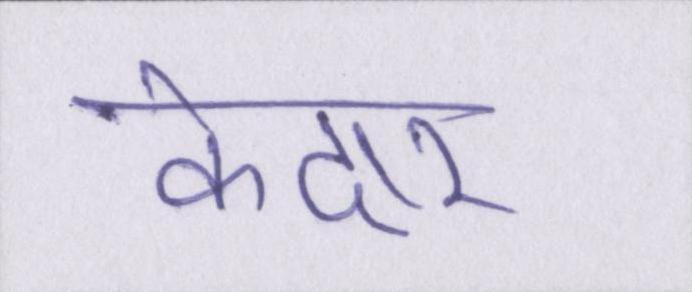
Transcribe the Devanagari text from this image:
केदार